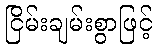
ငြိမ်းချမ်းစွာဖြင့်